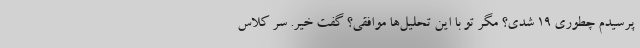
پرسیدم چطوری ۱۹ شدی؟ مگر تو با این تحلیل‌ها موافقی؟ گفت خیر. سر کلاس